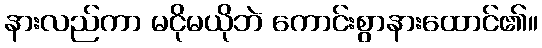
နားလည်ကာ မငိုမယိုဘဲ ကောင်းစွာနားထောင်၏။